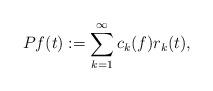
LaTeX: \begin{align*}Pf(t):=\sum_{k=1}^{\infty} c_{k}(f) r_{k}(t),\end{align*}